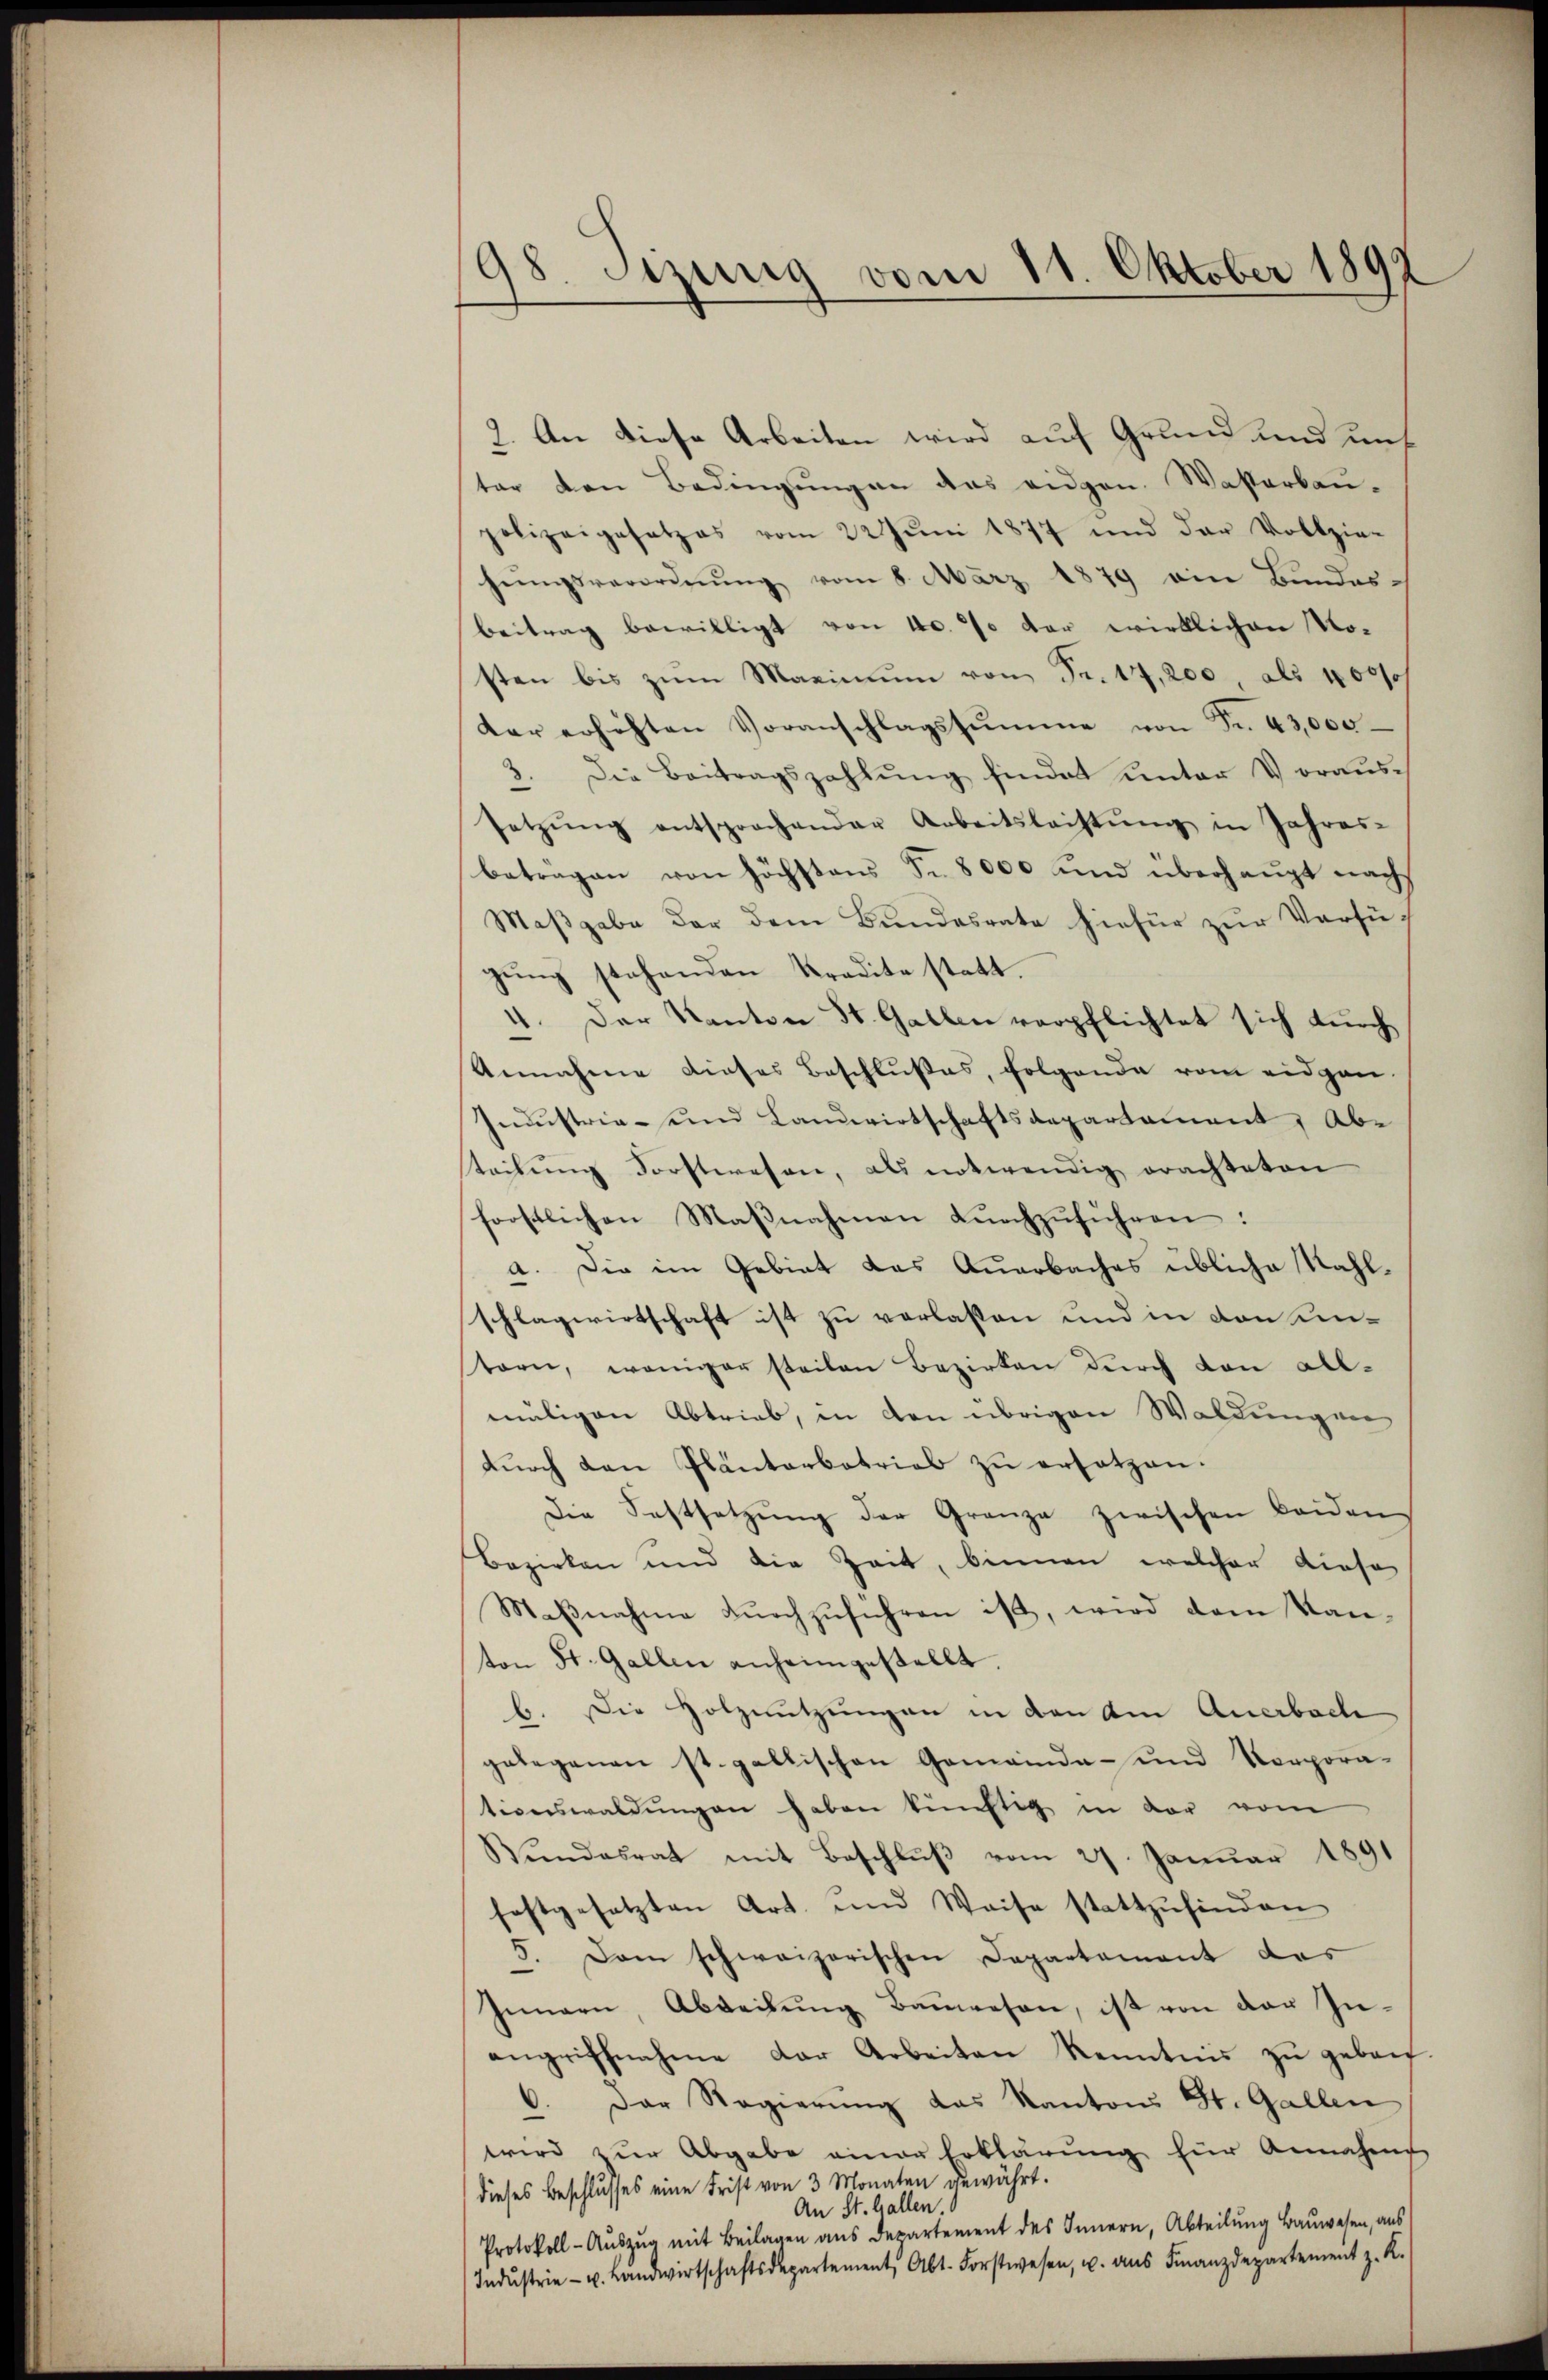
98. Sizung vom 11. Oktober 1899

2. An diese Arbeiten wird auf Grund und uns
ter den Bedingungen das eidgen. Wasserbau-
polizeigesetzes vom 22 Jŭni 1877 und der Vollzie-
hŭngsverordnŭng vom 8. März 1879 ein Bundes-
beitrag bewilligt von 40. 70 der wirklichen No-
sten bis zum Maximum von Fr. 17,200, als 40000
der erhöhten Voranschlagssumme von Fr. 43,000
3. Die Beitragszahlung findet unter Voraussetzŭng entsprochender Arbeitsleistŭng in Jahres-
betragen von höchstens Fr. 8000 und überhaupt nachs
Maβgabe der dem Bundesrate hiefür zŭr Verfügŭng stehenden Kredite statt.
4. Der Kanton St. Gallen verpflichtet sich durch
Annahme dieses Beschlußes, folgende vom eidgen
Industrie- und Landwirtschaftsdepartement, Abe
teilung Forstwesen, als notwendig erachteten
forstlichen Maβnahmen dŭrchzŭführen:
a. Die im Gebiet das Querbaches übliche Kahlschlagwirtschaft ist zu verlassen und in von unstern, weniger steilen Bezirken durch von all-
maligen Abtrieb, in den übrigen Waldungen
dŭrch den Plantarbatrial zŭ ersetzen.
Die Festsetzŭng der Granze zwischen Beiden
Bezirken und die Zeit, binnen welcher diese
Maßnahme durchzuführen ist, wird dem Kanton St. Gallen anheimgestellt.
b. Die Holznutzungen in den am Anerbach
gelegenen st. gallischen Gemeinde- und Vorpora-
tionswaldungen haben künftig in der vom
Bŭndesrat mit Beschlŭβ vom 27. Januar 1891
festgesetzten Art. und Weise stattzŭfinden
5. Dem schweizerischen Departament das
Innern, Abdeckŭng Baŭwesen, ist von der In-
angriffnahme der Arbeiten Kenntnis zŭ gebref-
6. Der Regierŭng das Kantons St. Gallen
wird zŭr Abgabe einer Erklärung für Annahme
dieses Beschlusses eine Frist von 3 Monaten gewährt.
An St. Gallen.
Protokoll-Aŭszŭg mit Beilagen ans Departement des Innern, Abteilŭng Baŭwesen, aus
Indŭstrie- u. Landwirtschaftsdepartement, Abt. Forstwesen, u. ans Finanzdepartement z. K.